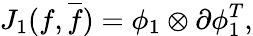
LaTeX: J_{1}(f,{\overline{{f}}})={\phi}_{1}\otimes{\partial}{\phi}_{1}^{T},